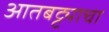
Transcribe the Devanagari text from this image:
आतबट्ट्याचा